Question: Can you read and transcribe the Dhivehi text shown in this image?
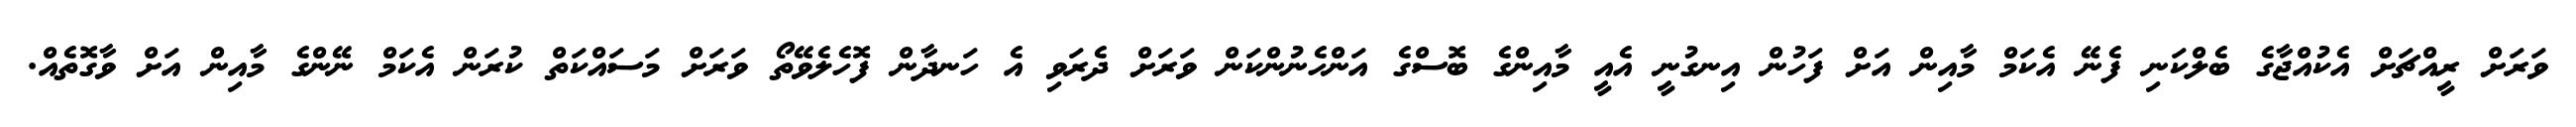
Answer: ވަރަށް ރީއްޗަށް އެކުއްޖާގެ ބެލްކަނި ފެނޭ އެކަމް މާއިން އަށް ފަހުން އިނގުނީ އެއީ މާއިންގެ ބޮސްގެ އަންހެނުންކަން ވަރަށް ދެރަވި އެ ހަނދާން ފޮހެލެވޭތޯ ވަރަށް މަސައްކަތް ކުރަން އެކަމް ނޭންގެ މާއިން އަށް ވާގޮތެއް.